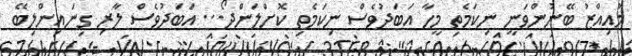
މުއިއްޒު ބޭނުންވަނީ ނިކަމެތި މީހާ އަބަދުވެސް ނިކަމެތި ކޮށްލަންދޯ... އަބަދުވެސް ލާރި ގިނައިންލިބޭ